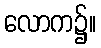
လောက၌။